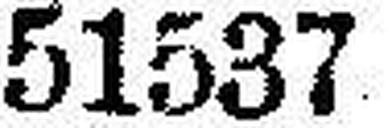
51537